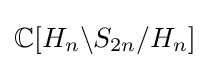
\mathbb {C} [H_{n}\backslash S_{2n}/H_{n}]